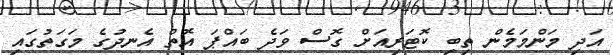
އަދި މަންމަމެން ތިބި ކޮޓަރިއަށް ގޮސް ވަދެ ބައްޕަ އޮތް އެނދުގެ މަގަތުގައި